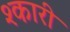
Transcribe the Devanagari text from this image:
श्कारी